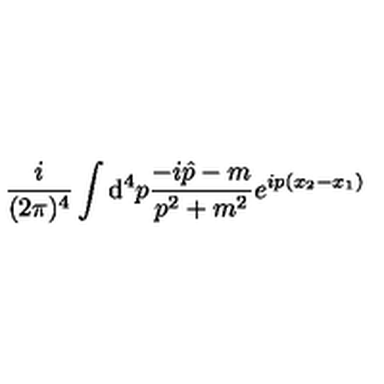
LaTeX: \frac { i } { ( 2 \pi ) ^ { 4 } } \int { \mathrm d } ^ { 4 } p \frac { - i \hat { p } - m } { p ^ { 2 } + m ^ { 2 } } e ^ { i p ( x _ { 2 } - x _ { 1 } ) }